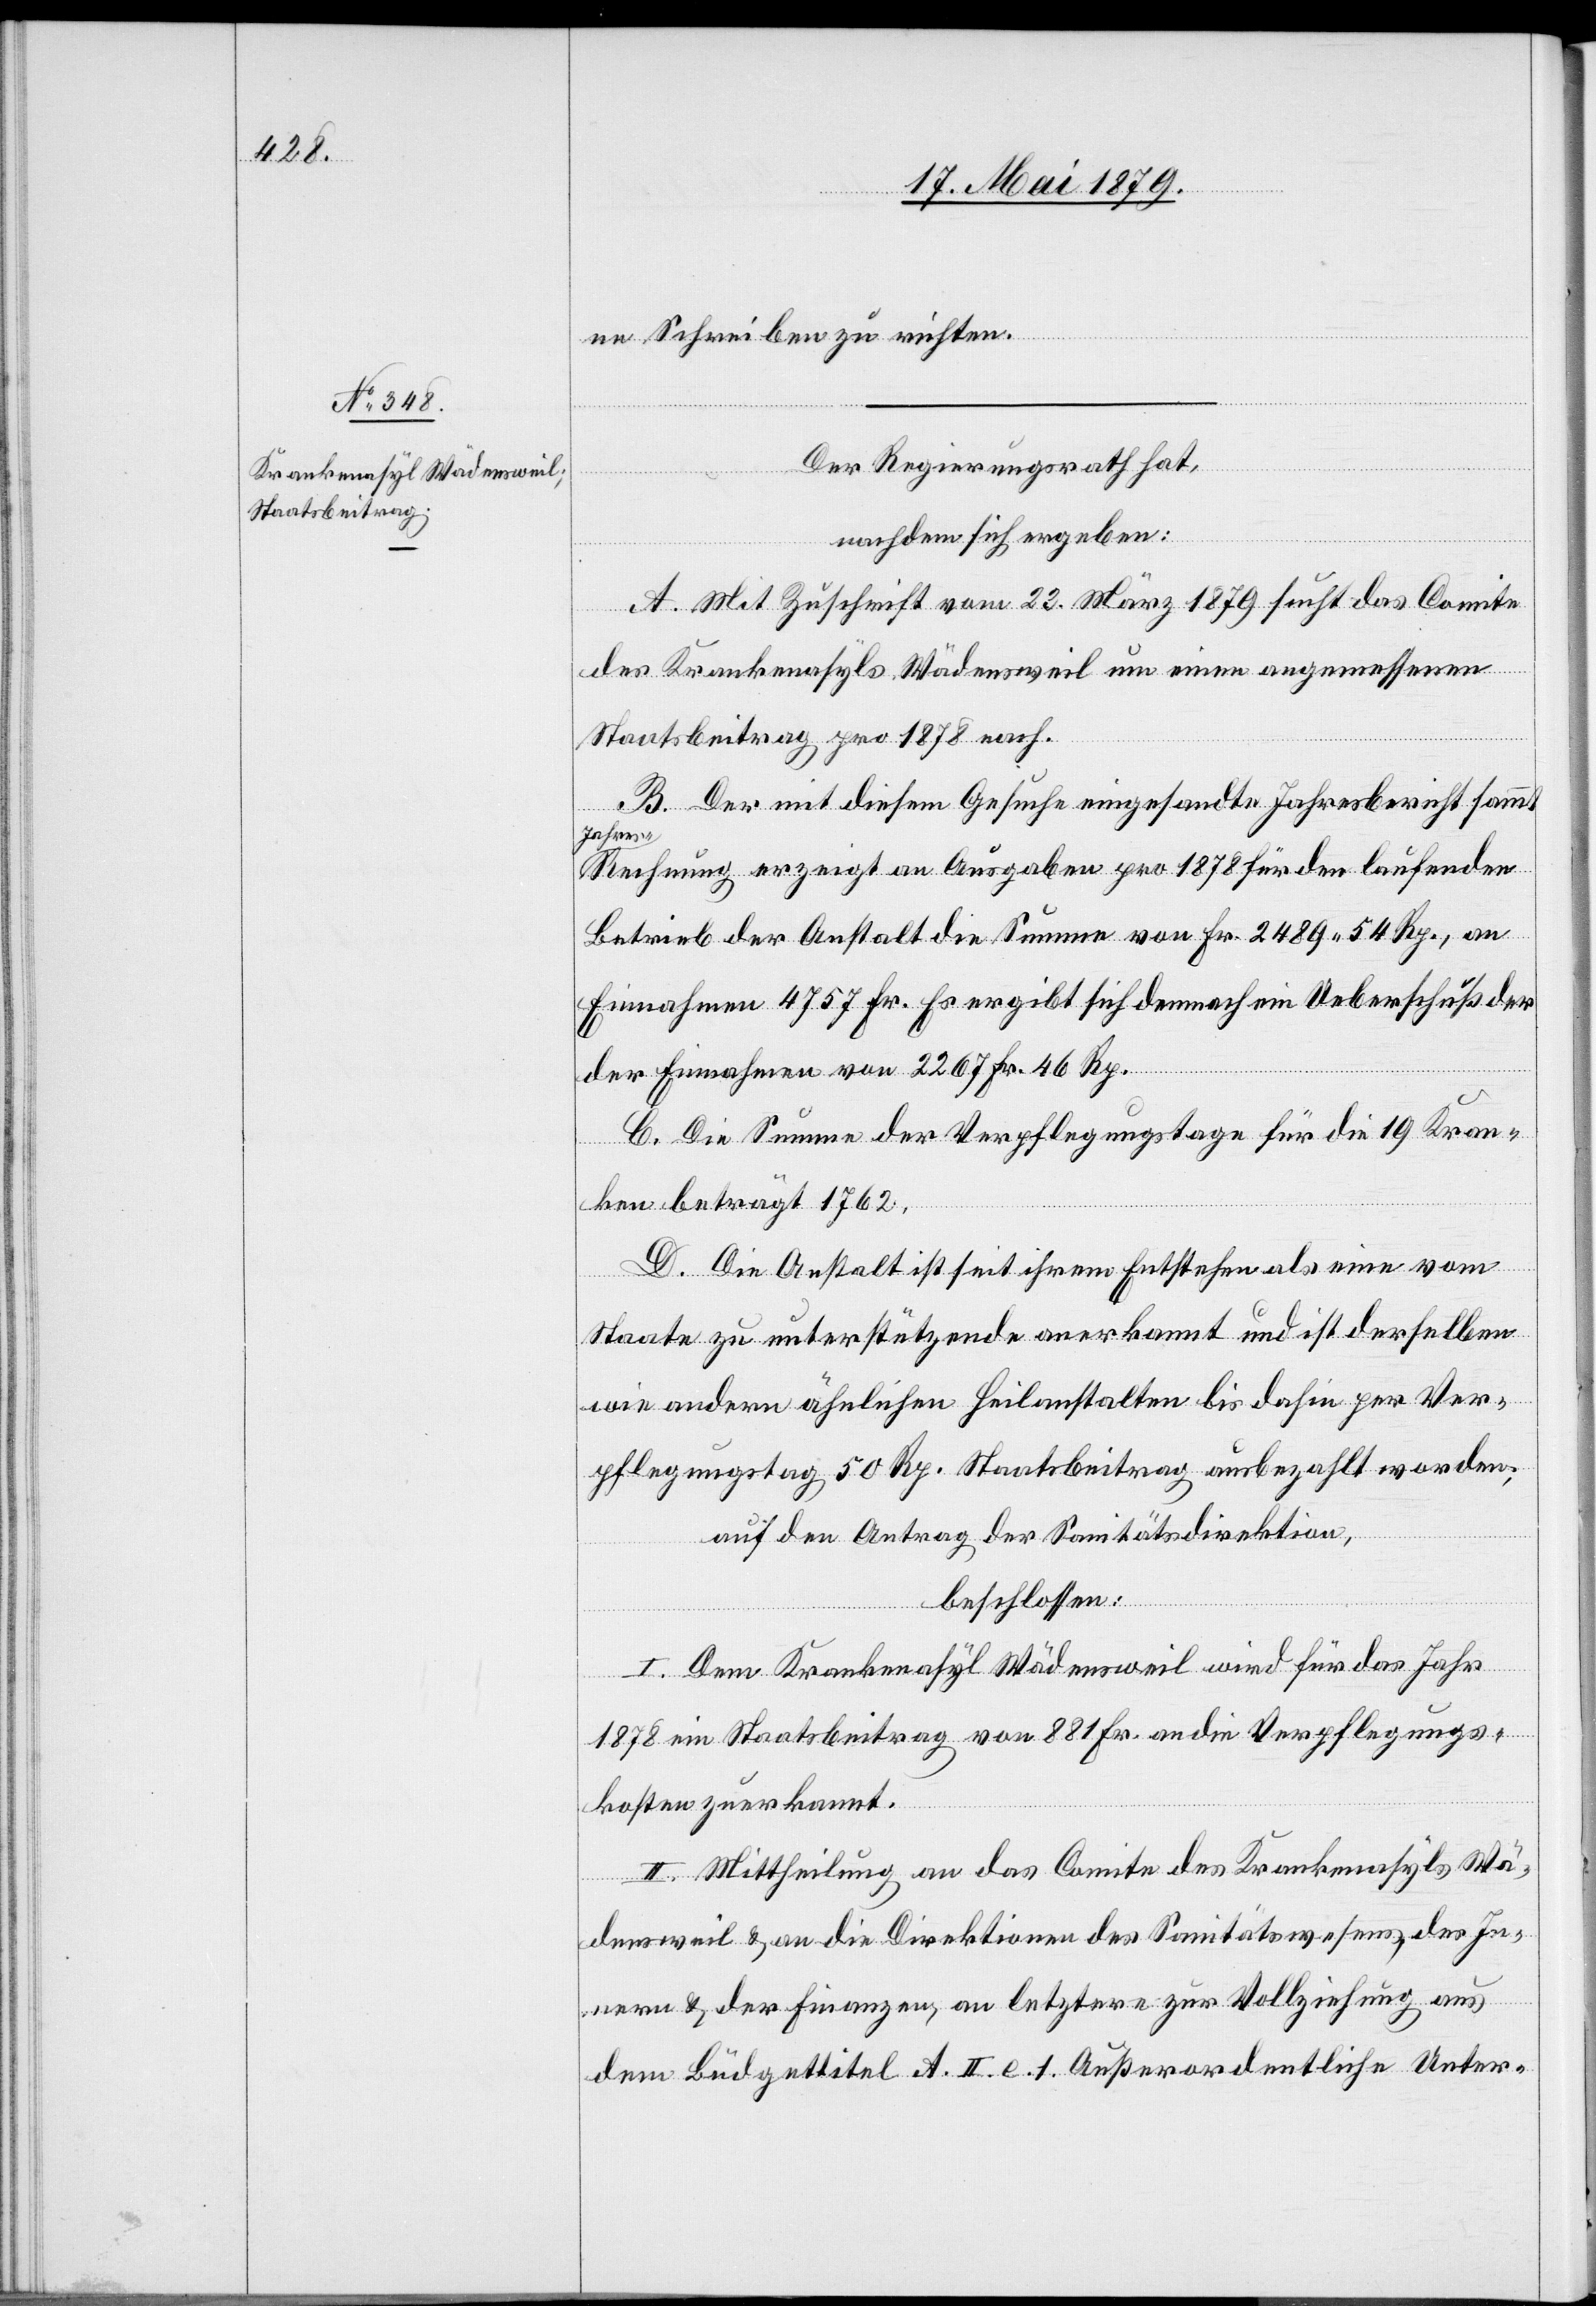
ne Schreiben zu richten.
Der Regierungsrath hat,
nachdem sich ergeben:
der
A. Mit Zuschrift vom 23. März 1879 sucht das Comite
des Krankenasyls Wädensweil um einen angemessenen
Staatsbeitrag pro 1878 nach.
B. Der mit diesem Gesuche eingesandte Jahresbericht sammt
Jahre¬
s-Rechnung erzeigt an Ausgaben pro 1878 für den laufenden
Betrieb der Anstalt die Summe von Fr. 2489 54 Rp., an
Einnahmen 4757 Fr. Es ergibt sich demnach ein Ueberschuß der
Einnahmen von 2267 Fr. 46 Rp.
C. Die Summe der Verpflegungstage für die 19 Kran¬
ken beträgt 1762.
D. Die Anstalt ist seit ihrem Entstehen als eine vom
Staate zu unterstützende anerkannt und ist derselben
wie andern ähnlichen Heilanstalten bis dahin per Ver¬
pflegungstag 50 Rp. Staatsbeitrag ausbezahlt worden;
auf den Antrag der Sanitätsdirektion,
beschlossen:
I. Dem Krankenasyl Wädensweil wird für das Jahr
1878 ein Staatsbeitrag von 881 Fr. an die Verpflegungs¬
kosten zuerkannt.
II. Mittheilung an das Comite des Krankenasyls Wä¬
densweil & an die Direktionen des Sanitätswesens, des In¬
nern & der Finanzen, an letztere zur Vollziehung aus
dem Büdgettitel A. II. e. 1. Außerordentliche Unter-